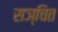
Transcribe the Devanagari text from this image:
सञ्चित